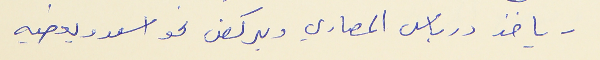
- ياخد درباس المصاري ويركض نحو اسعد ويعطيه